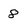
Character: 8